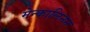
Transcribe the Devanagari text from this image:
मेन्कालिनन